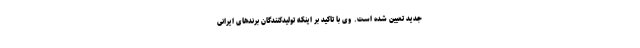
جدید تعیین شده است. وی با تاکید بر اینکه تولیدکنندگان برندهای ایرانی